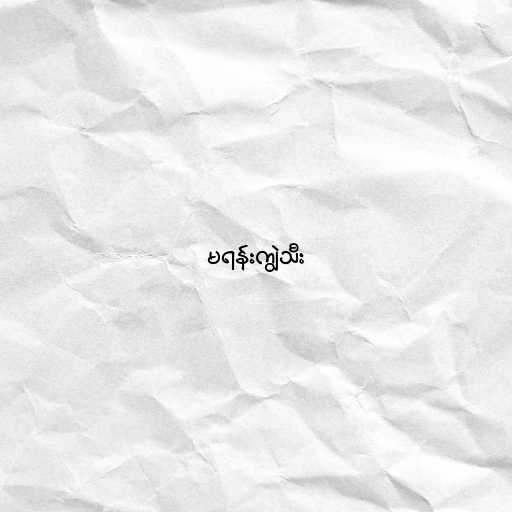
မရန်းကျွဲသီး